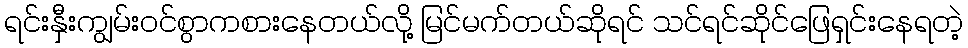
ရင်းနှီးကျွမ်းဝင်စွာကစားနေတယ်လို့ မြင်မက်တယ်ဆိုရင် သင်ရင်ဆိုင်ဖြေရှင်းနေရတဲ့